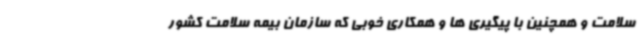
سلامت و همچنین با پیگیری ها و همکاری خوبی که سازمان بیمه سلامت کشور